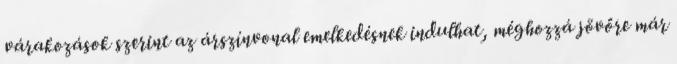
várakozások szerint az árszínvonal emelkedésnek indulhat, méghozzá jövőre már